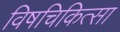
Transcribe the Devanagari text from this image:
विषचिकित्सा